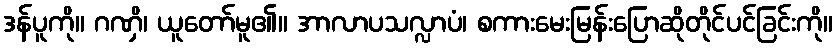
ဒန်ပူကို။ ဂဏှိ၊ ယူတော်မူ၏။ အာလာပသလ္လာပံ၊ စကားမေးမြန်းပြောဆိုတိုင်ပင်ခြင်းကို။